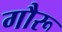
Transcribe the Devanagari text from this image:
गौरू